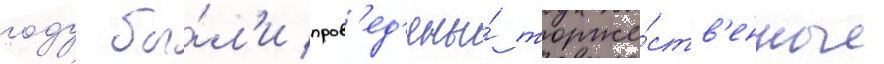
году бы́л'и пров'ед'ены́ торже́ств'енные